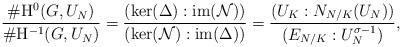
LaTeX: \begin{align*}\frac{\#\mathrm{H}^0(G,U_N)}{\#\mathrm{H}^{-1}(G,U_N)}=\frac{(\ker(\Delta):\mathrm{im}(\mathcal{N}))}{(\ker(\mathcal{N}):\mathrm{im}(\Delta))}=\frac{(U_K:N_{N/K}(U_N))}{(E_{N/K}:U_N^{\sigma - 1})},\end{align*}